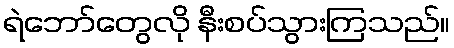
ရဲဘော်တွေလို နီးစပ်သွားကြသည်။